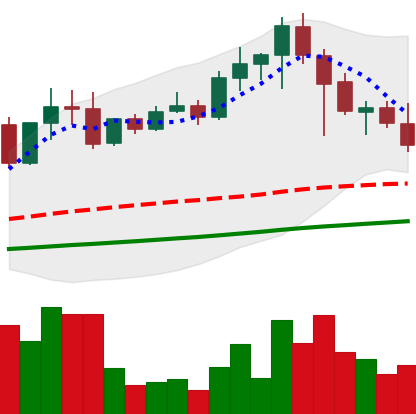
Ticker: EOS-USD
Chart end date: 2021-04-22
Forward return: 3.154%
Label: up_3_5